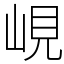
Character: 峴